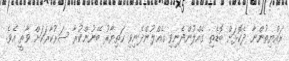
ރައްޔިތުންނާ ދެކޮޅަށް ބޮޑެތި ގެއްލުންދެނިވި ގެއްލުންދެނިވި ހަތިޔާރު ބޭނުންކުރާ ސަރުކާރަކަށް ވާތީ އެވެ.